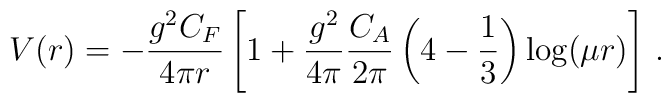
V(r)=-\frac{g^2 C_F}{4\pi r}\left[ 1+\frac{g^2}{4\pi}\frac{C_A}{2\pi }\left( 4-\frac13\right) \log(\mu r) \right]\,.